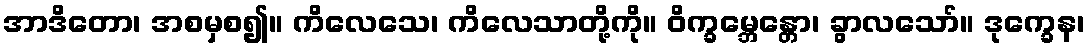
အာဒိတော၊ အစမှစ၍။ ကိလေသေ၊ ကိလေသာတို့ကို။ ဝိက္ခမ္ဘေန္တော၊ ခွာလသော်။ ဒုက္ခေန၊